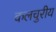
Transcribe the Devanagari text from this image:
कलचुरीय